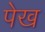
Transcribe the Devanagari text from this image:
पेख